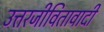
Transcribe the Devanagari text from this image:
उत्तरजीवितावादी